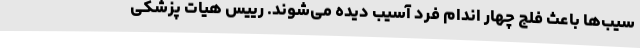
سیب‌ها باعث فلج چهار اندام فرد آسیب دیده می‌شوند. رییس هیات پزشکی